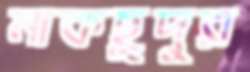
মাকছুদুর